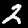
Digit: 2